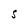
Character: S